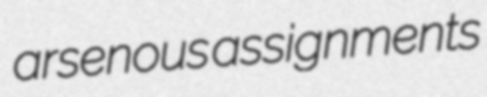
arsenous assignments